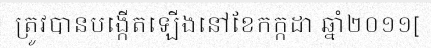
ត្រូវបានបង្កើតឡើងនៅខែកក្កដា ឆ្នាំ២០១១[